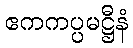
ဧကကပ္ပမဋ္ဌီနံ